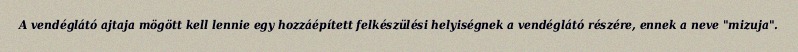
A vendéglátó ajtaja mögött kell lennie egy hozzáépített felkészülési helyiségnek a vendéglátó részére, ennek a neve "mizuja".